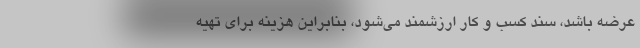
عرضه باشد، سند کسب و کار ارزشمند می‌شود، بنابراین هزینه برای تهیه